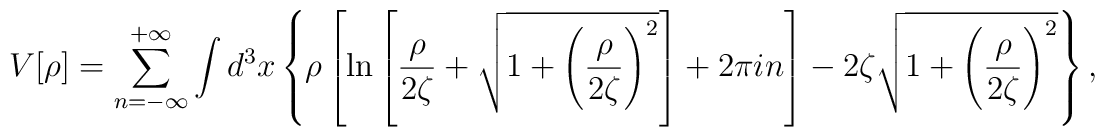
V[\rho]=\sum\limits_{n=-\infty}^{+\infty}\int d^3x\left\{\rho\left[\ln\left[\frac{\rho}{2\zeta}+\sqrt{1+\left(\frac{\rho}{2\zeta}\right)^2}\right]+2\pi in\right]- 2\zeta\sqrt{1+\left(\frac{\rho}{2\zeta}\right)^2}\right\},